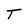
Character: T